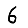
Digit: 6